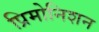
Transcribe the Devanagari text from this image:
प्रिमोनिशन